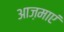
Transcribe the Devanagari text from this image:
आज़माएं